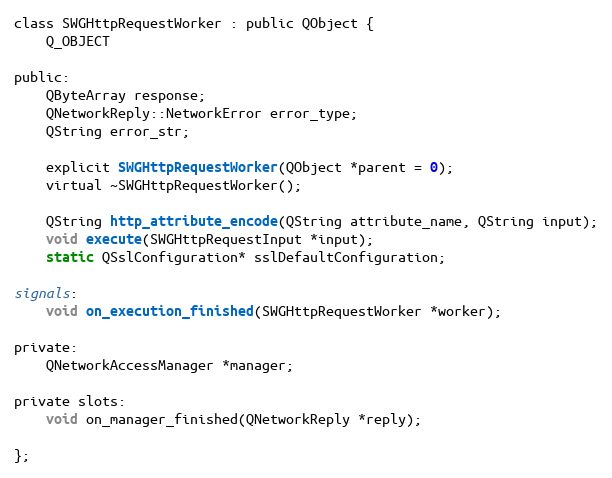
Language: C
class SWGHttpRequestWorker : public QObject {
    Q_OBJECT

public:
    QByteArray response;
    QNetworkReply::NetworkError error_type;
    QString error_str;

    explicit SWGHttpRequestWorker(QObject *parent = 0);
    virtual ~SWGHttpRequestWorker();

    QString http_attribute_encode(QString attribute_name, QString input);
    void execute(SWGHttpRequestInput *input);
    static QSslConfiguration* sslDefaultConfiguration;

signals:
    void on_execution_finished(SWGHttpRequestWorker *worker);

private:
    QNetworkAccessManager *manager;

private slots:
    void on_manager_finished(QNetworkReply *reply);

};